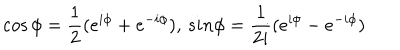
\cos \phi = \frac { 1 } { 2 } ( e ^ { i \phi } + e ^ { - i \phi } ) , \, s i n \phi = \frac { 1 } { 2 i } ( e ^ { i \phi } - e ^ { - i \phi } )